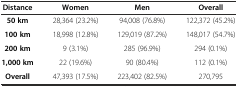
<table><thead><tr><td><b>Distance</b></td><td><b>Women</b></td><td><b>Men</b></td><td><b>Overall</b></td></tr></thead><tbody><tr><td><b>50 km</b></td><td>28,364 (23.2%)</td><td>94,008 (76.8%)</td><td>122,372 (45.2%)</td></tr><tr><td><b>100 km</b></td><td>18,998 (12.8%)</td><td>129,019 (87.2%)</td><td>148,017 (54.7%)</td></tr><tr><td><b>200 km</b></td><td>9 (3.1%)</td><td>285 (96.9%)</td><td>294 (0.1%)</td></tr><tr><td><b>1,000 km</b></td><td>22 (19.6%)</td><td>90 (80.4%)</td><td>112 (0.1%)</td></tr><tr><td><b>Overall</b></td><td>47,393 (17.5%)</td><td>223,402 (82.5%)</td><td>270,795</td></tr></tbody></table>